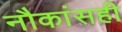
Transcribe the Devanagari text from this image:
नौकांसही